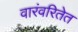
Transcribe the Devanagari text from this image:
वारंवरितेत